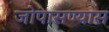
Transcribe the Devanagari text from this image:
जोपासण्यास